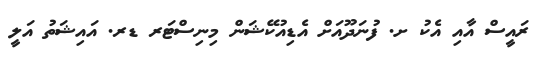
ރައީސް އާއި އެކު ށ. ފުނަދޫއަށް އެޑިއުކޭޝަން މިނިސްޓަރ ޑރ. އައިޝަތު އަލީ